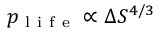
p _ { \mathrm { ~ l ~ i ~ f ~ e ~ } } \propto \Delta S ^ { 4 / 3 }